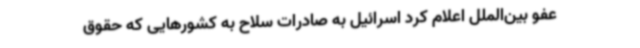
عفو بین‌الملل اعلام کرد اسرائیل به صادرات سلاح به کشورهایی که حقوق